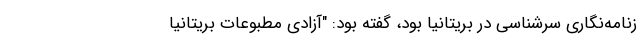
زنامه‌نگاری سرشناسی در بریتانیا بود، گفته بود: "آزادی مطبوعات بریتانیا